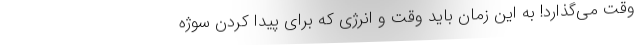
وقت می‌گذارد! به این زمان باید وقت و انرژی که برای پیدا کردن سوژه